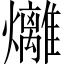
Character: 𪺇